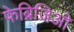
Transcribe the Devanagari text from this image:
फेब्रिजिओ